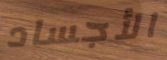
الأجساد